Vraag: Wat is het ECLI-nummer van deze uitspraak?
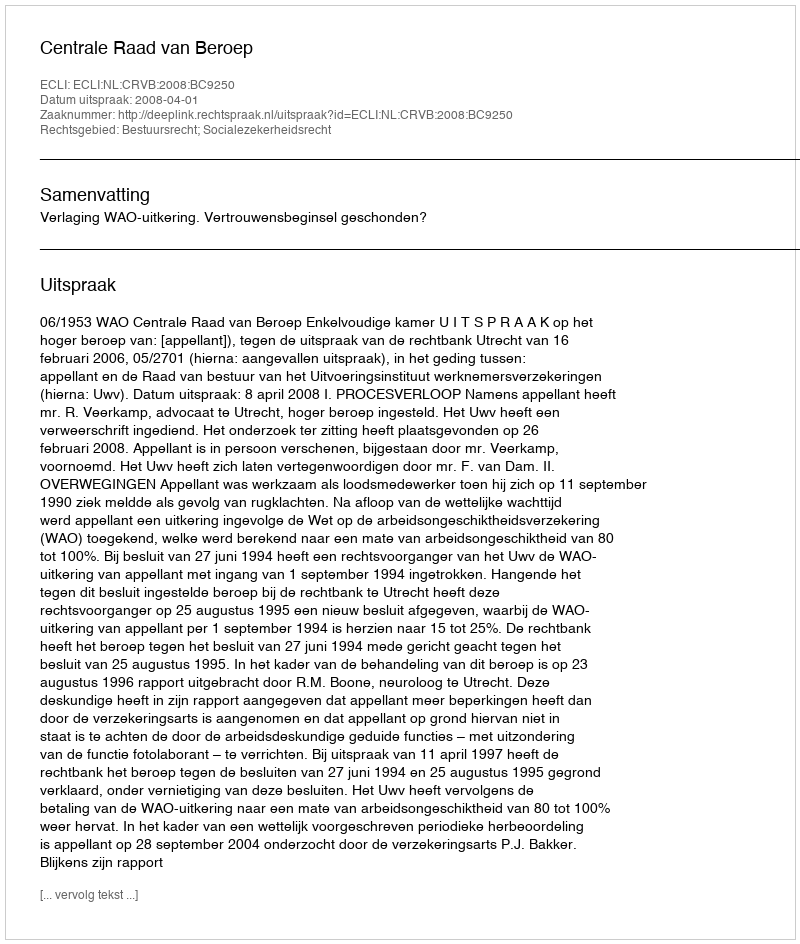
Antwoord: ECLI:NL:CRVB:2008:BC9250